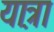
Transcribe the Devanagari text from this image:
या़त्रा